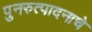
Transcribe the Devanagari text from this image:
पुनरुत्पादनाचे